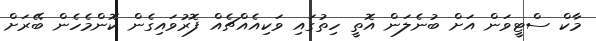
މާކް ސްޓީވަން އަށް ބުނެލަން އޮތީ ހިތުގައި ވަކިއެއްޗެއް ފޮރުވައިގެން ކޮންމެހެން ބޭރަށް